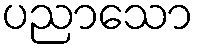
ပညာသော